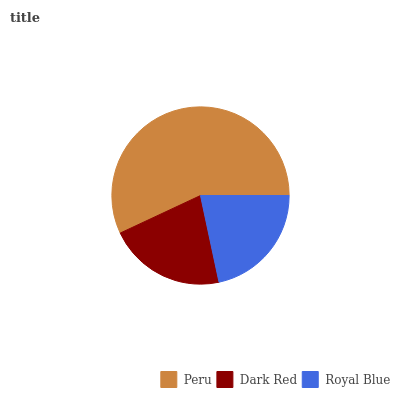
| Peru | Dark Red | Royal Blue |
 | --- | --- | --- |
 | 57% | 21.3% | 21.7% |